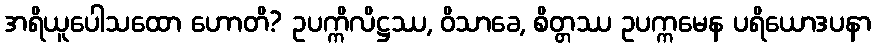
အရိယူပေါသထော ဟောတိ? ဥပက္ကိလိဋ္ဌဿ, ဝိသာခေ, စိတ္တဿ ဥပက္ကမေန ပရိယောဒပနာ